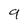
Character: 9